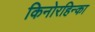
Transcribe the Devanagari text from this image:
किनोरहिन्का